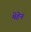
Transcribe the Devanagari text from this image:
मेहेन